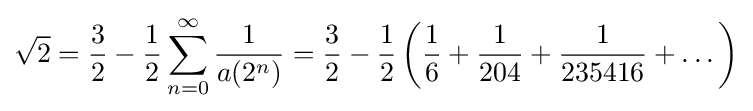
{\sqrt {2}}={\frac {3}{2}}-{\frac {1}{2}}\sum _{n=0}^{\infty }{\frac {1}{a(2^{n})}}={\frac {3}{2}}-{\frac {1}{2}}\left({\frac {1}{6}}+{\frac {1}{204}}+{\frac {1}{235416}}+\dots \right)